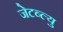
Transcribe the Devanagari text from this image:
जेटब्ल्यु